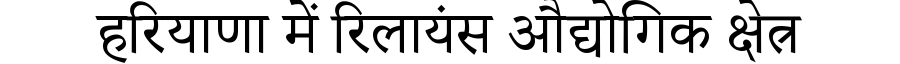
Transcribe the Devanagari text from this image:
हरियाणा में रिलायंस औद्योगिक क्षेत्र